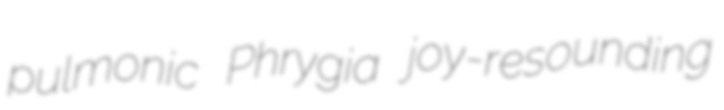
pulmonic Phrygia joy-resounding